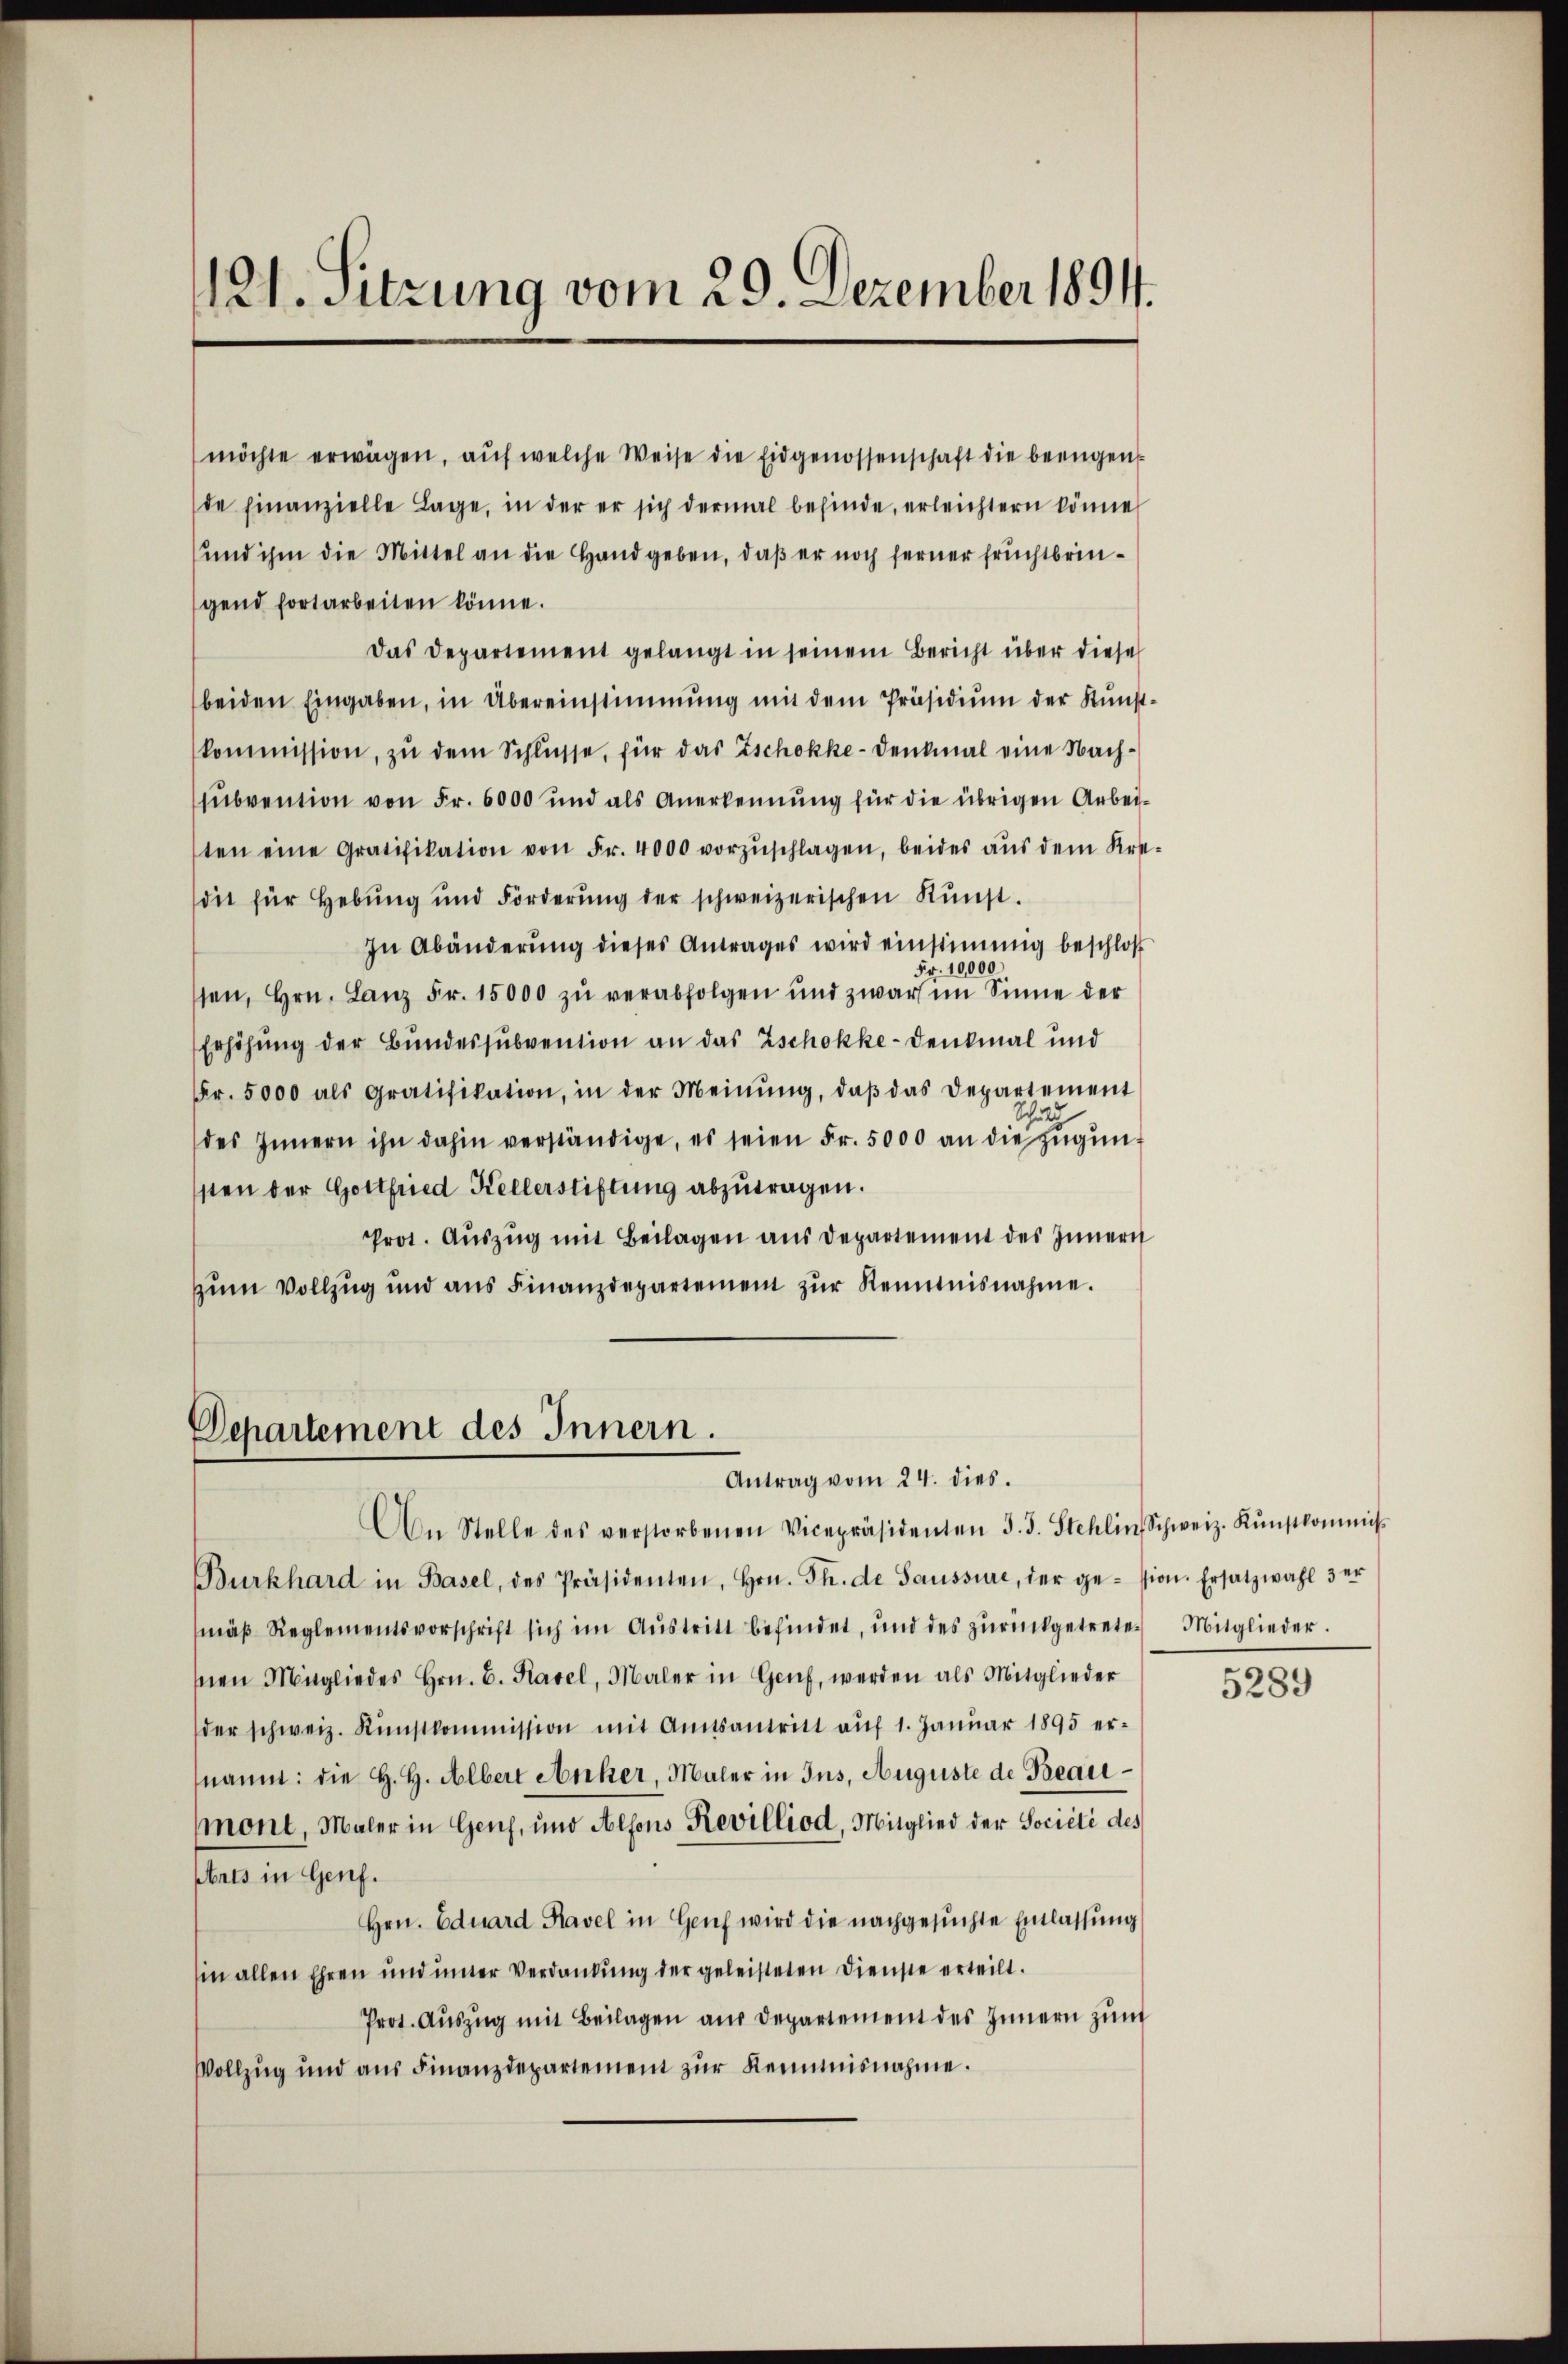
121. Sitzung vom 29. Dezember 1894.

möchte erwägen, aŭf welche Weise die Eidgenossenschaft die beengen
de finanzielle Lage, in der er sich dermal befinde, erleichtern könne
und ihm die Mittel an die Hand geben, daß er noch ferner Fruchtbringend fortarbeiten könne.
Das Departement gelangt in seinem Bericht über diese
beiden Eingaben, in Übereinstimmung mit dem Präsidium der Kunstkommission, zu dem Schlüsse, für das Zschokke-Denkmal eine Nachsubvention von Fr. 6000 und als Anerkennung für die übrigen Arbei-
sten eine Gratifikation von Fr. 4000 vorzŭschlagen, beides aus dem Kredit für Hebŭng und Forderŭng der schweizerischen Kŭnst.
In Abänderŭng dieses Antrages wird einstimmig beschloß
Fr. 10,000
sen, Hrn. Lanz Fr. 15000 zŭ verabfolgen und zwar im Sinne der
Erhöhung der Bundessubvention an das Zschokke-Denkmal und
Fr. 5000 als Gratifikation, in der Meinŭng, daβ das Departement
des Innern ihn dahin verständige, es seien Fr. 5000 an die zŭgŭn-
sten der Gottfried Kellerstiftung abzutragen.
Prot. Aŭszŭg mit Beilagen aus Departement des Innern
zŭm Vollzug und ans Finanzdepartement zŭr Renntnisnahme.

Burkhard in Basel, des Präsidenten, Hrn. Th. de Saussure, der ge- sion. Ersatzwahl 3 er
mäβ Reglementsvorschrift sich im Aŭstritt befindet, und des zŭrückgetreten Mitglieder.
snen Mitgliedes Hrn. B. Kavel, Maler in Genf, werden als Mitglieder
der schweiz. Kŭnstkommission mit Amtsantritt aŭf 1. Janŭar 1895 er-
nannt: die H. H. Albert Anher, Maler in Ins, Auguste de Beaumont, Maler in Genf, und Alfons Revilliod, Mitglied der Société des
bnis in Genf.
Hrn. Eduard Ravel in Genf wird die nachgesuchte Einlassung
sin allen Ehren und unter Verdankŭng der geleisteten Dienste erteilt.
Prot. Auszug mit Beilagen aus Departement des Innern zum
Vollzug und aus Finanzdepartement zur Reimnisnahme.

Departement des Innern.
Antrag vom 24. dies
An Stelle des verstorbenen Vicepräsidenten J. J. Stehlin Schweiz. Kŭnstkommis

5289